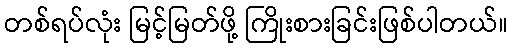
တစ်ရပ်လုံး မြင့်မြတ်ဖို့ ကြိုးစားခြင်းဖြစ်ပါတယ်။